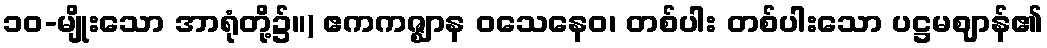
၁၀-မျိုးသော အာရုံတို့၌။) ဧကကဇ္ဈာန ဝသေနေဝ၊ တစ်ပါး တစ်ပါးသော ပဋ္ဌမဈာန်၏